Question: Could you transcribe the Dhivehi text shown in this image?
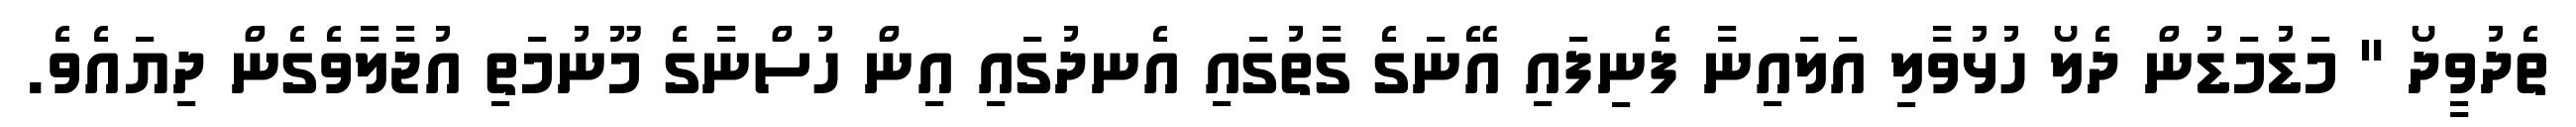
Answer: ތެދުވީދޯ " މަޑުމަޑުން ދެލޯ ހުޅުވާލި އަލައިނާ ފެނިފައި އޭނަގެ ގާތުގައި އެނދުގައި އިން ހުސްނާގެ މޫނުމަތި އުޖާލާވެގެން ދިޔައެވެ.